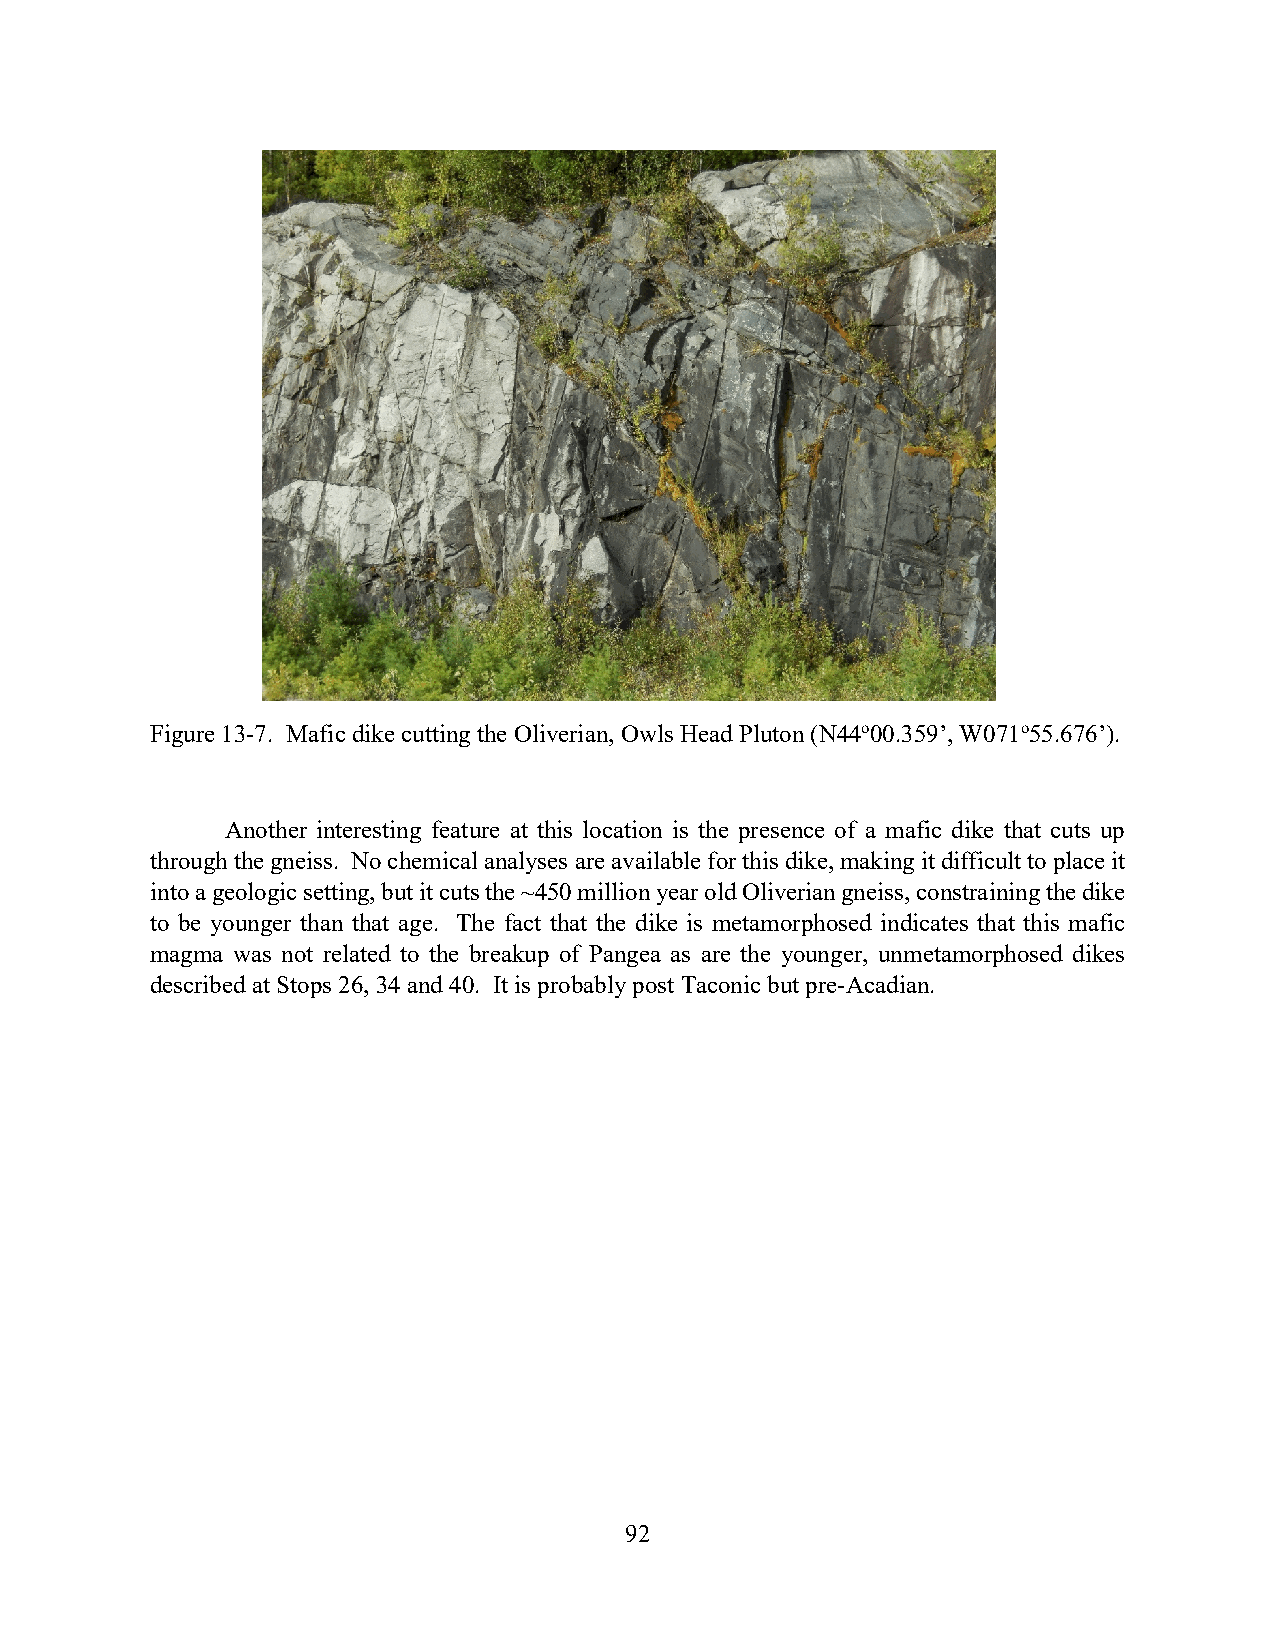
Figure 13-7. Mafic dike cutting the Oliverian, Owls Head Pluton (N44o00.359’, W071o55.676’).
 Another interesting feature at this location is the presence of a mafic dike that cuts up
 through the gneiss. No chemical analyses are available for this dike, making it difficult to place it
 into a geologic setting, but it cuts the ~450 million year old Oliverian gneiss, constraining the dike
 to be younger than that age. The fact that the dike is metamorphosed indicates that this mafic
 magma was not related to the breakup of Pangea as are the younger, unmetamorphosed dikes
 described at Stops 26, 34 and 40. It is probably post Taconic but pre-Acadian.
 92